Jaan_Tonisson_(Lasteleht), lk 34
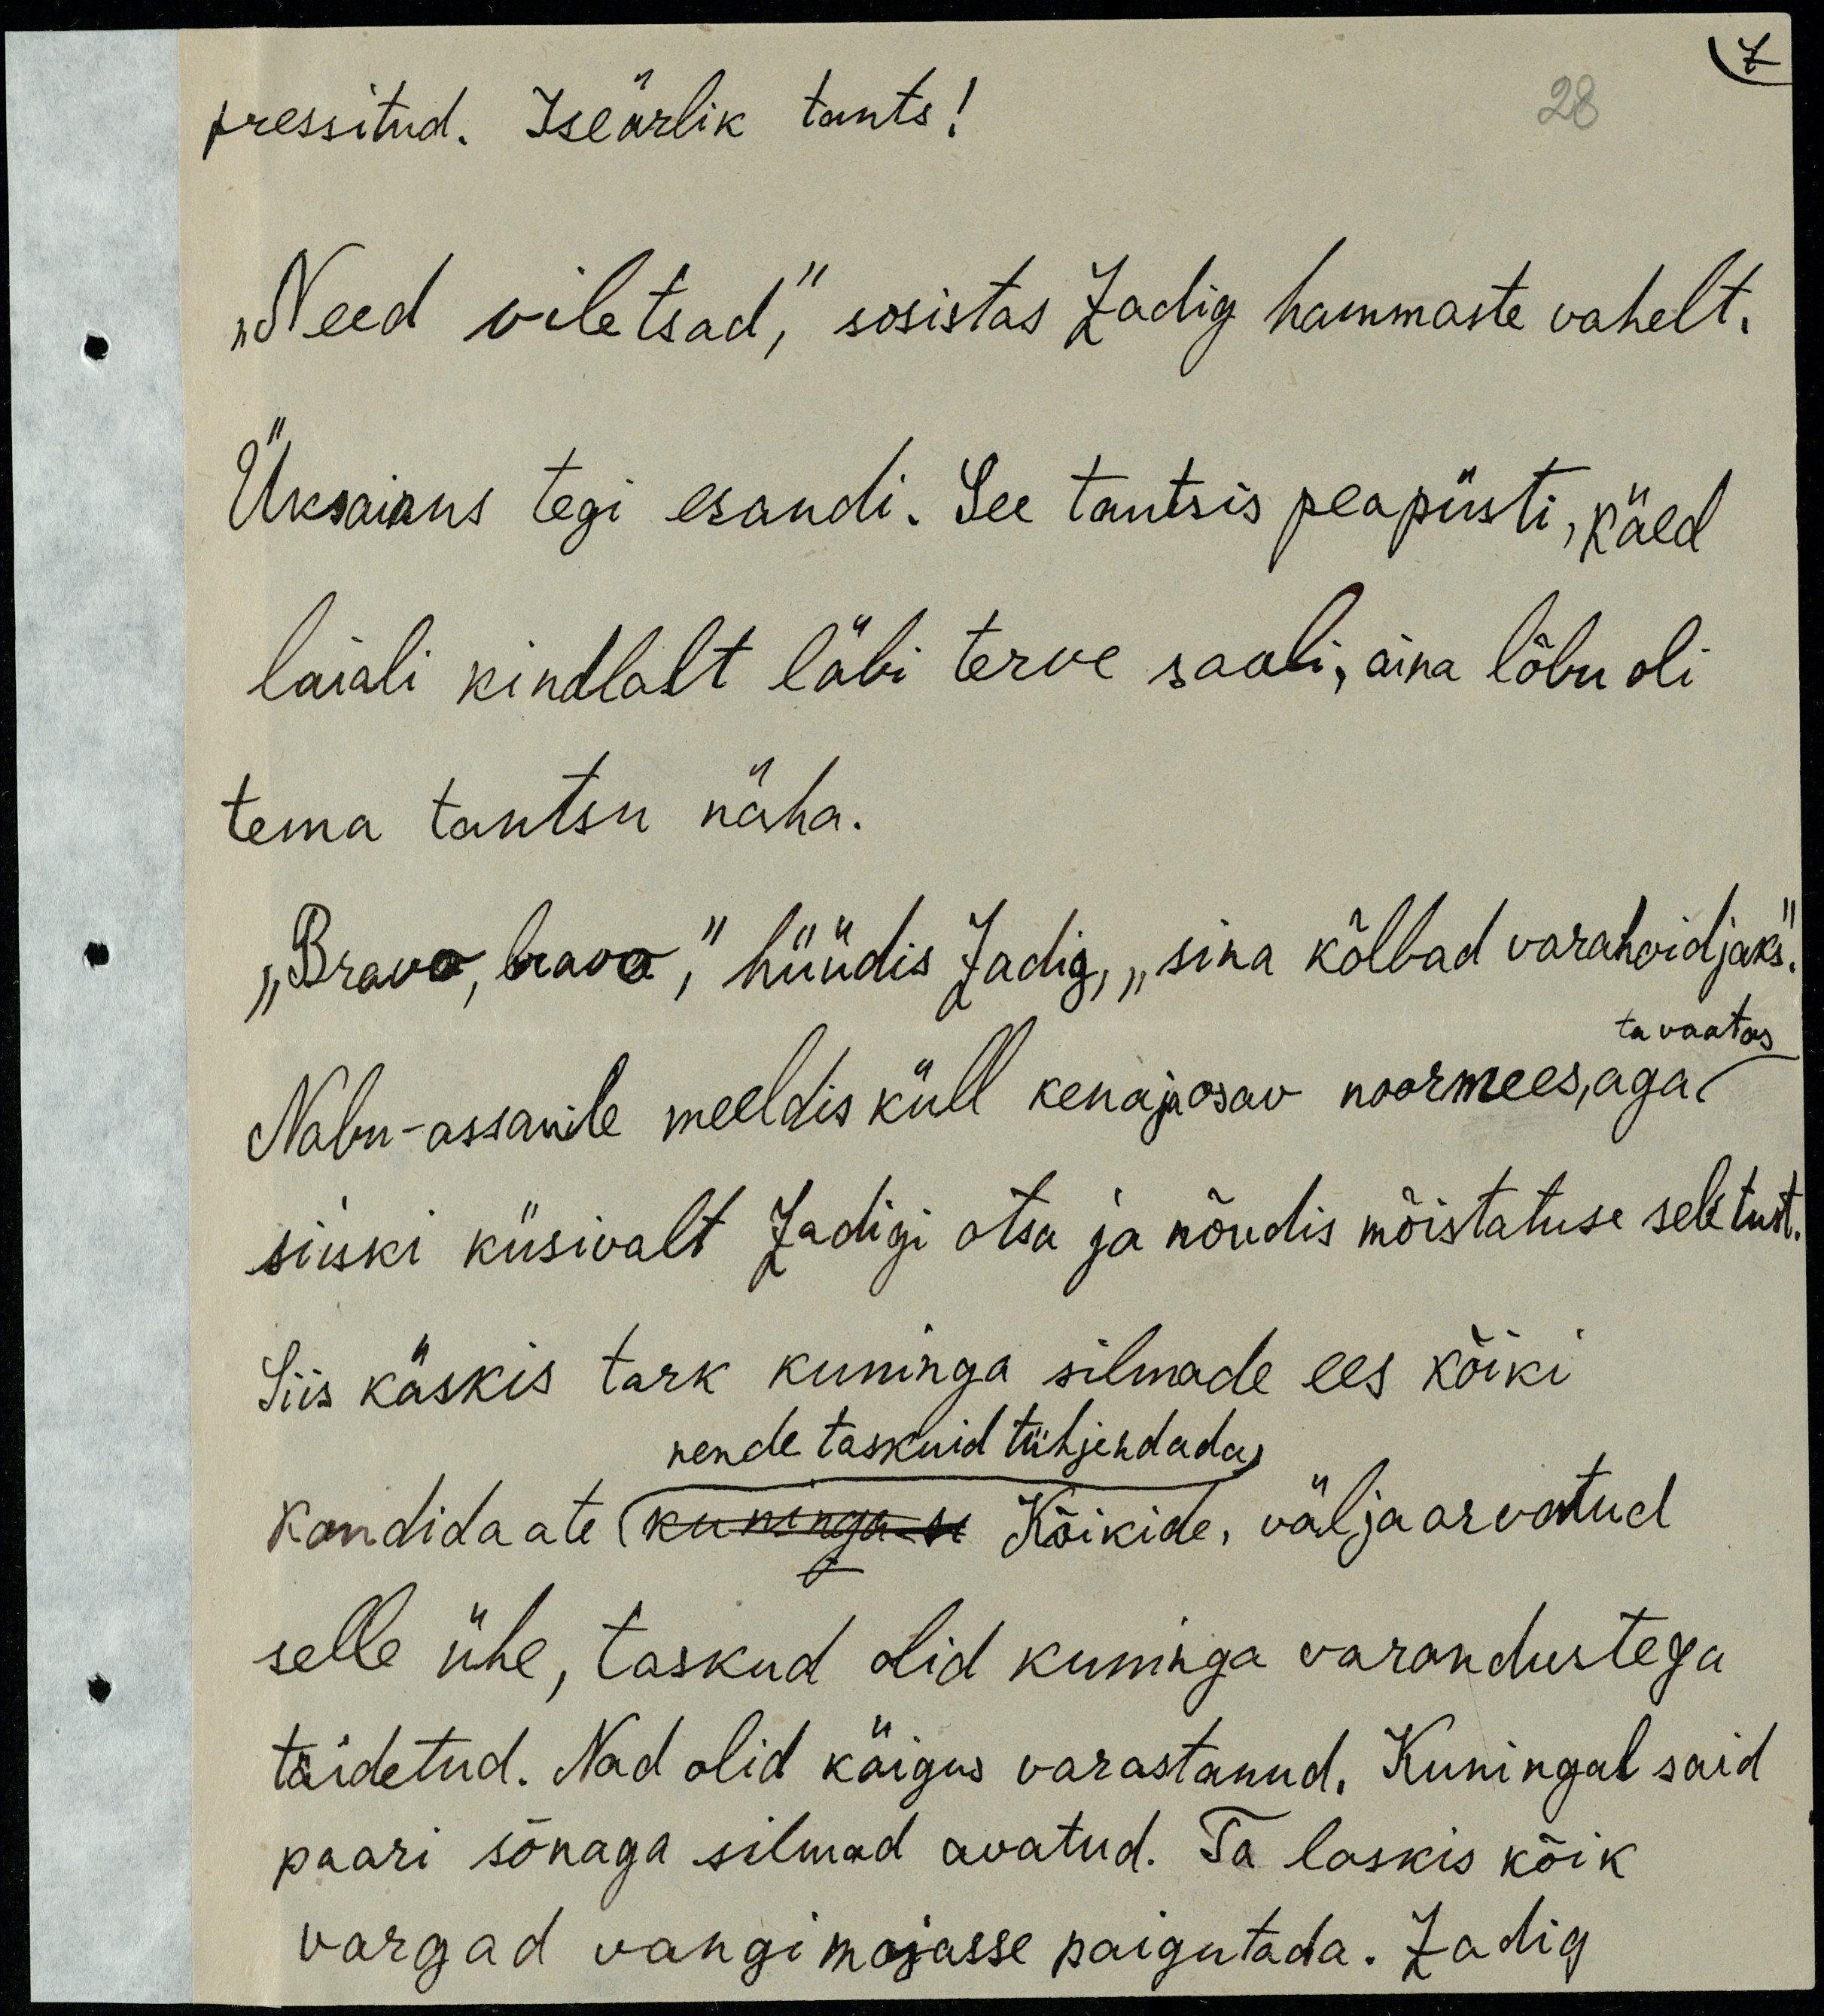
pressitud. Iseärlik tants!
„Need viletsad,“ sosistas Zadig hammaste vahelt.
Üksainus tegi erandi. See tantsis peapüsti, käed
laiali kindlalt läbi terve saali, aina lõbu oli
tema tantsu näha.
„Bravo, bravo,“ hüüdis Zadig, „sina kõlbad varahoidjaks.“
ta vaatas
Nabu-assanile meeldis küll kena ja osav noormees, aga
siiski küsivalt Zadigi otsa ja nõudis mõistatuse seletust.
Siis käskis tark kuninga silmade ees kõiki
nende taskuid tühjendada
kandidaate kuninga si Kõikide, välja arvatud
selle ühe, taskud olid kuninga varandustega
täidetud. Nad olid käigus varastanud. Kuningal said
paari sõnaga silmad avatud. Ta laskis kõik
vargad vangimajasse paigutada. Zadig